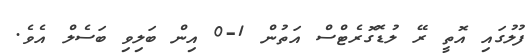
ފުލުގައި އޮތީ ރޭ ލުޑޮގޮރެޓްސް އަތުން 1-0 އިން ބަލިވި ބަސެލް އެވެ.